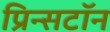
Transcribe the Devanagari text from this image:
प्रिन्सटॉन